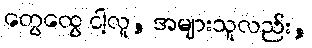
တွေထွေ ငါ့လူ, အများသူလည်း,